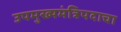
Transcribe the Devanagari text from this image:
उपमुख्यमंत्रिपदाचा